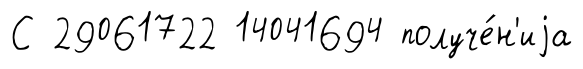
С 29061722 14041694 получе́н'иjа